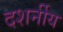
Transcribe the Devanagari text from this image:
दशर्नीय